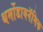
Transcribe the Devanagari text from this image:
थर्मोडायनॅमिक